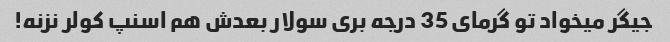
جیگر میخواد تو گرمای 35 درجه بری سولار بعدش هم اسنپ کولر نزنه!